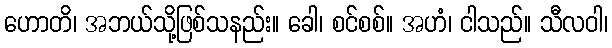
ဟောတိ၊ အဘယ်သို့ဖြစ်သနည်း။ ခေါ၊ စင်စစ်။ အဟံ၊ ငါသည်။ သီလဝါ၊